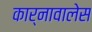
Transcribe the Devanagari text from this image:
कार्नावालेस